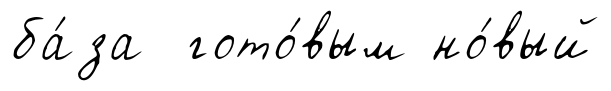
ба́за гото́вым но́вый